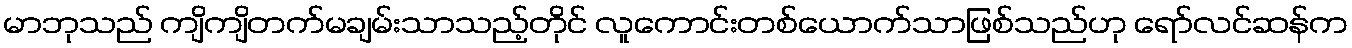
မာဘုသည် ကျိကျိတက်မချမ်းသာသည့်တိုင် လူကောင်းတစ်ယောက်သာဖြစ်သည်ဟု ရော်လင်ဆန်က